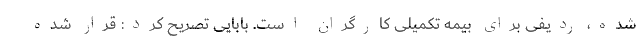
شده، ردیفی برای بیمه تکمیلی کارگران است. بابایی تصریح کرد: قرار شده